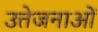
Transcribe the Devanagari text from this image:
उत्तेजनाआें